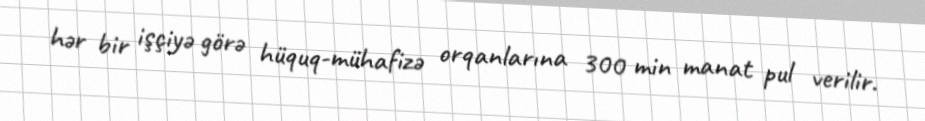
hər bir işçiyə görə hüquq-mühafizə orqanlarına 300 min manat pul verilir.